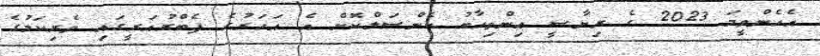
އެހެންވީމަ 2023 ގެ ރިޔާސީ އިންތިހާބު ކެންސަލްކޮށް އެ އަހަރުގެ ފެބްރުއަރީގައި ވެރިކަމުގެ